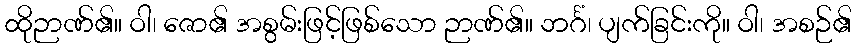
ထိုဉာဏ်၏။ ဝါ၊ ဇော၏ အစွမ်းဖြင့်ဖြစ်သော ဉာဏ်၏။ ဘင်္ဂံ၊ ပျက်ခြင်းကို။ ဝါ၊ အစဉ်၏